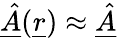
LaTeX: \underline{{\hat{A}}}(\underline{{r}})\approx\underline{{\hat{A}}}